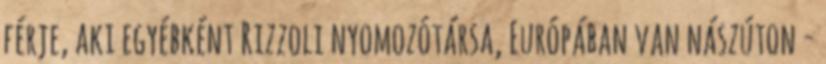
férje, aki egyébként Rizzoli nyomozótársa, Európában van nászúton -